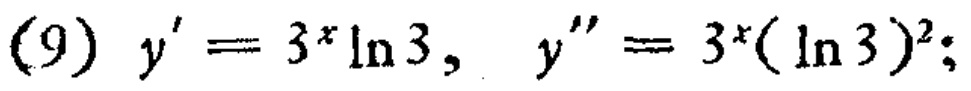
(9) \(y' = 3^{x}\ln 3,\ y'' = 3^{x}(\ln 3)^{2};\)